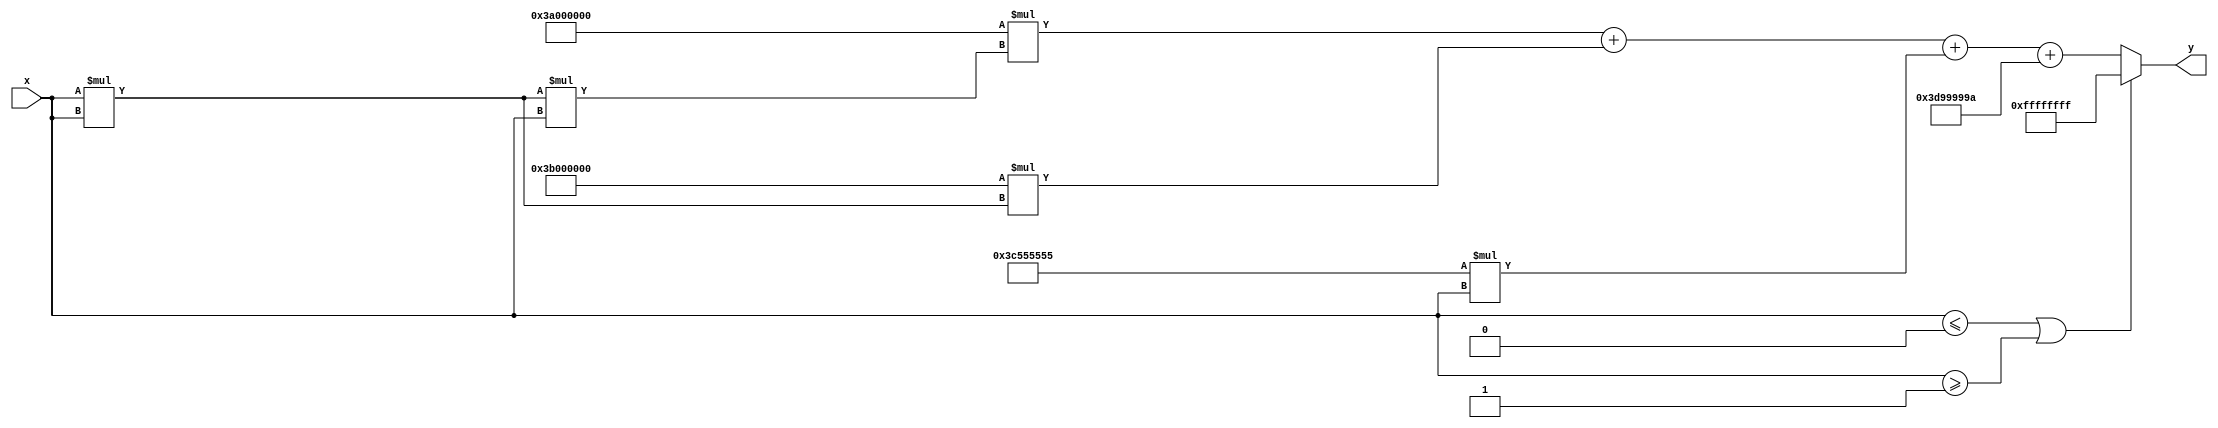
module polynomial_reciprocal (
    input wire [31:0] x,     // Input value (normalized, 0 < x < 1)
    output reg [31:0] y      // Approximation of 1/x
);
    // Polynomial coefficients for f(x) = a0 + a1*x + a2*x^2 + a3*x^3
    // Example coefficients for a 3rd degree polynomial approximation
    parameter [31:0] a0 = 32'h3D99999A; // 0.33333 (1/3)
    parameter [31:0] a1 = 32'h3C555555; // 0.2 (1/5)
    parameter [31:0] a2 = 32'h3B000000; // 0.125 (1/8)
    parameter [31:0] a3 = 32'h3A000000; // 0.0625 (1/16)

    // Temporary variables
    reg [31:0] x_squared;
    reg [31:0] x_cubed;
    reg [31:0] result;

    always @(*) begin
        // Normalize input to avoid division by zero or invalid range
        if (x <= 0 || x >= 1) begin
            y = 32'hFFFFFFFF; // Error condition if input is out of range
        end else begin
            // Calculate x^2 and x^3
            x_squared = x * x; // x^2
            x_cubed = x_squared * x; // x^3

            // Evaluate polynomial using Horner's method
            result = a3 * x_cubed + a2 * x_squared + a1 * x + a0;

            // Output the result
            y = result;
        end
    end
endmodule